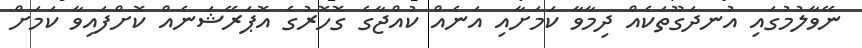
ނޭވާލުމުގައި އުނދަގޫތަކެއް ދިމާވާ ކަމަށާއި އަނެއް ކުއްޖާގެ ގޮހޮރުގެ އޮޕަރޭޝަނެއް ކޮށްފައިވާ ކަމަށް